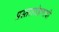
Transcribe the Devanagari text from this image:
प्रस्तरारोहणाची